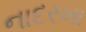
નાદરખા